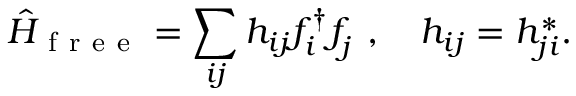
\hat { H } _ { \mathrm { ~ f ~ r ~ e ~ e ~ } } = \sum _ { i j } h _ { i j } f _ { i } ^ { \dagger } f _ { j } ^ { \phantom { \dagger } } , \quad h _ { i j } = h _ { j i } ^ { \ast } .